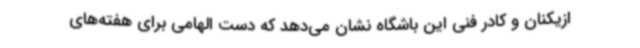
ازیکنان و کادر فنی این باشگاه نشان می‌دهد که دست الهامی برای هفته‌های